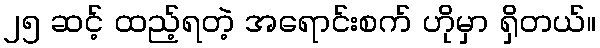
၂၅ ဆင့် ထည့်ရတဲ့ အရောင်းစက် ဟိုမှာ ရှိတယ်။